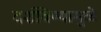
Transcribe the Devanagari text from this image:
दर्शविण्यामुळे